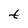
Character: t